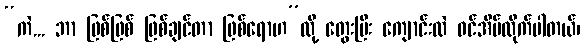
“ကဲ... ဘာ ဖြစ်ဖြစ် ဖြစ်ချင်တာ ဖြစ်ရောဟ”လို့ တွေးပြီး ကျောင်းထဲ ဝင်အိပ်လိုက်ပါတယ်၊